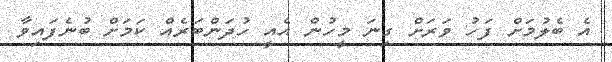
އެ ބެލުމަށް ފަހު ވަރަށް ގިނަ މީހުން އެއީ ހުދަންބަރެއް ކަމަށް ބުނެފައިވާ